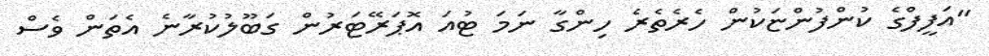
"އަފީފްގެ ކުންފުންޏަކުން ހެރެތެރެ ހިންގާ ނަމަ ޓުއަ އޮޕަރޭޓަރުން ގަބޫލުކުރާނެ އެތަން ވެސް